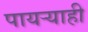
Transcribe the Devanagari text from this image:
पायऱ्याही